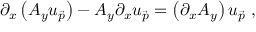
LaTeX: \partial _ { x } \left( A _ { y } u _ { \vec { p } } \right) - A _ { y } \partial _ { x } u _ { \vec { p } } = \left( \partial _ { x } A _ { y } \right) u _ { \vec { p } } ~ ,